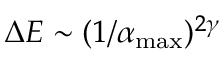
\Delta E \sim ( 1 / \alpha _ { \mathrm { m a x } } ) ^ { 2 \gamma }